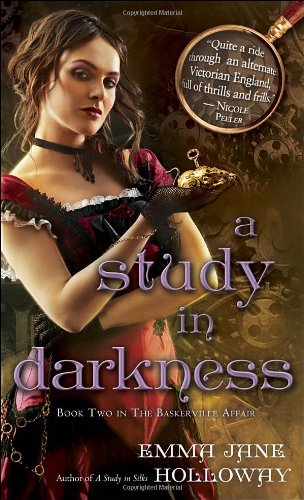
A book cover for A Study in Darkness: Book Two in The Baskerville Affair; Emma Jane Holloway; Science Fiction & Fantasy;